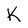
Character: K